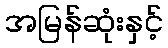
အမြန်ဆုံးနှင့်